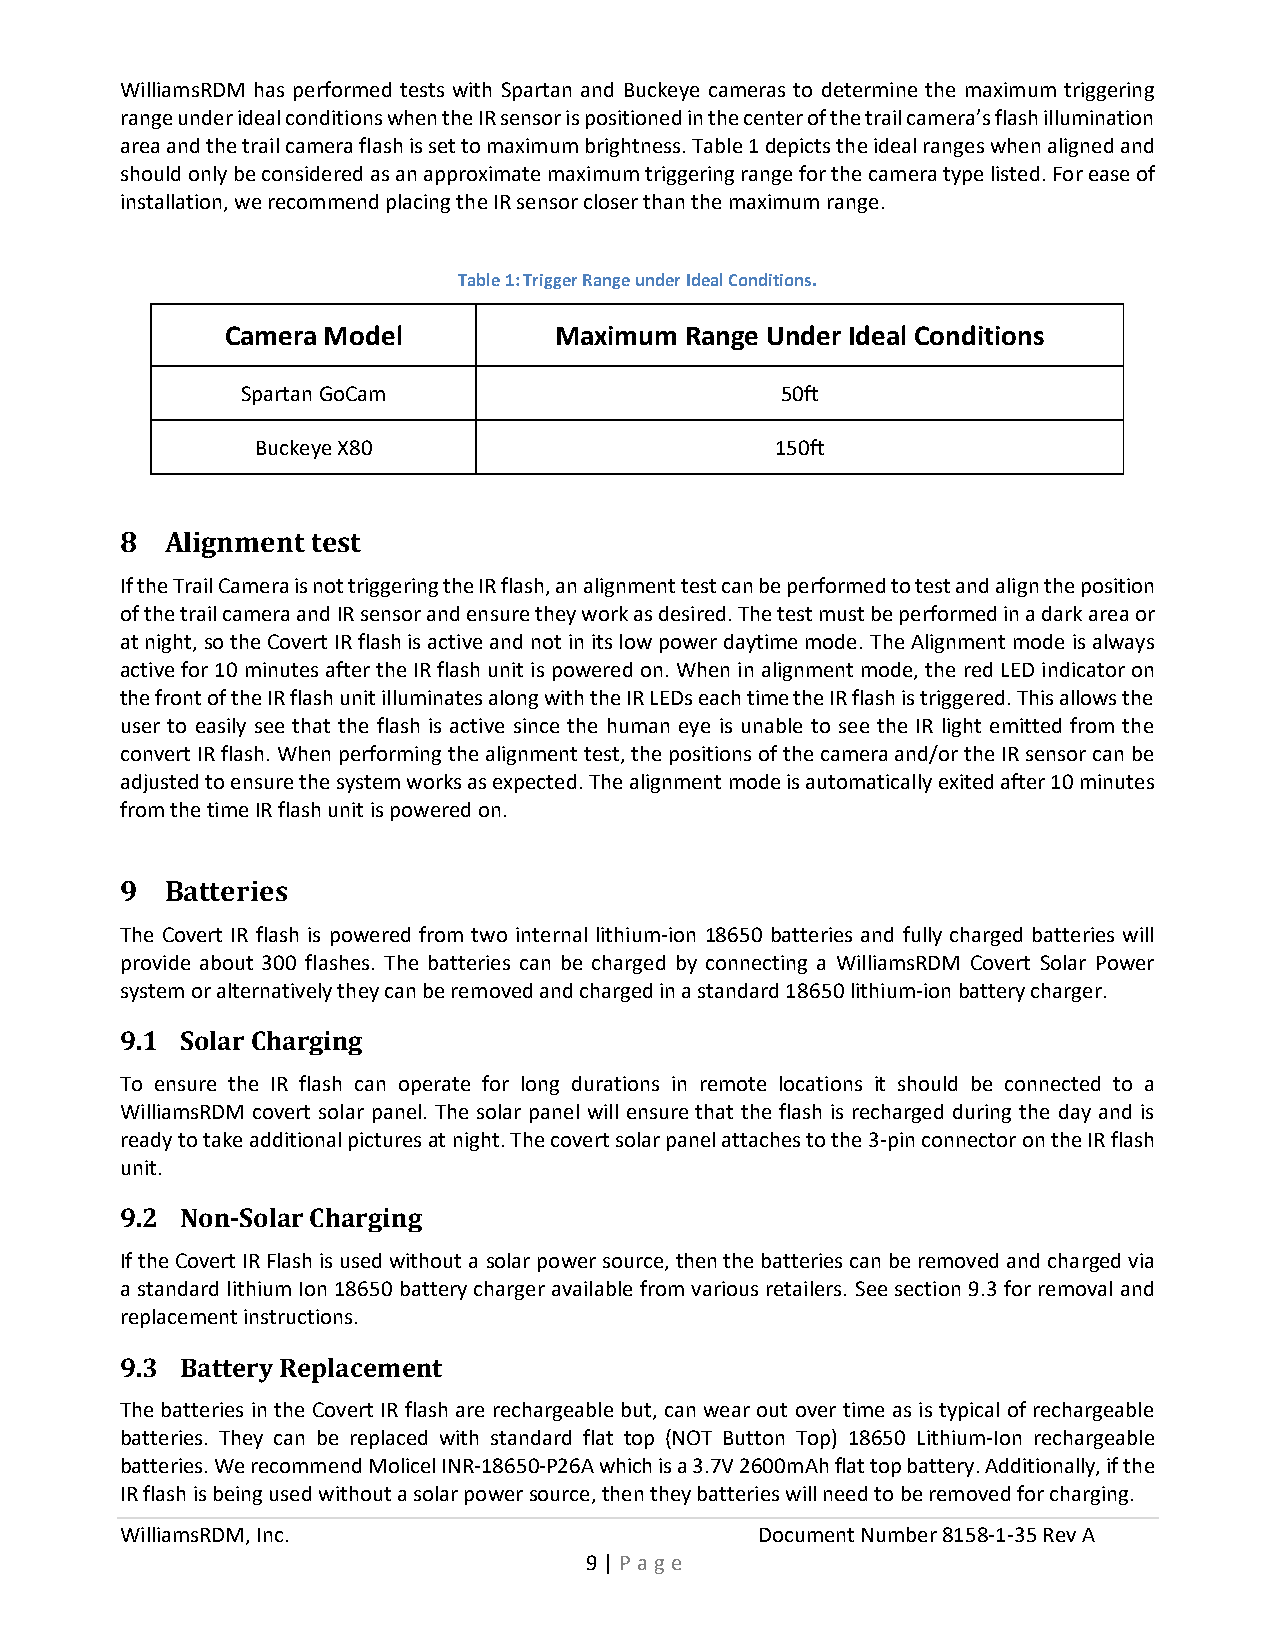
WilliamsRDM has performed tests with Spartan and Buckeye cameras to determine the maximum triggering
 range under ideal conditions when the IR sensor is positioned in the center of the trail camera’s flash illumination
 area and the trail camera flash is set to maximum brightness. Table 1 depicts the ideal ranges when aligned and
 should only be considered as an approximate maximum triggering range for the camera type listed. For ease of
 installation, we recommend placing the IR sensor closer than the maximum range.
 Table 1: Trigger Range under Ideal Conditions.
 Camera Model          Maximum Range Under Ideal Conditions
 Spartan GoCam                       50ft
 Buckeye X80                       150ft
 8  Alignment test
 If the Trail Camera is not triggering the IR flash, an alignment test can be performed to test and align the position
 of the trail camera and IR sensor and ensure they work as desired. The test must be performed in a dark area or
 at night, so the Covert IR flash is active and not in its low power daytime mode. The Alignment mode is always
 active for 10 minutes after the IR flash unit is powered on. When in alignment mode, the red LED indicator on
 the front of the IR flash unit illuminates along with the IR LEDs each time the IR flash is triggered. This allows the
 user to easily see that the flash is active since the human eye is unable to see the IR light emitted from the
 convert IR flash. When performing the alignment test, the positions of the camera and/or the IR sensor can be
 adjusted to ensure the system works as expected. The alignment mode is automatically exited after 10 minutes
 from the time IR flash unit is powered on.
 9  Batteries
 The Covert IR flash is powered from two internal lithium-ion 18650 batteries and fully charged batteries will
 provide about 300 flashes. The batteries can be charged by connecting a WilliamsRDM Covert Solar Power
 system or alternatively they can be removed and charged in a standard 18650 lithium-ion battery charger.
 9.1 Solar Charging
 To ensure the IR flash can operate for long durations in remote locations it should be connected to a
 WilliamsRDM covert solar panel. The solar panel will ensure that the flash is recharged during the day and is
 ready to take additional pictures at night. The covert solar panel attaches to the 3-pin connector on the IR flash
 unit.
 9.2 Non-Solar Charging
 If the Covert IR Flash is used without a solar power source, then the batteries can be removed and charged via
 a standard lithium Ion 18650 battery charger available from various retailers. See section 9.3 for removal and
 replacement instructions.
 9.3 Battery Replacement
 The batteries in the Covert IR flash are rechargeable but, can wear out over time as is typical of rechargeable
 batteries. They can be replaced with standard flat top (NOT Button Top) 18650 Lithium-Ion rechargeable
 batteries. We recommend Molicel INR-18650-P26A which is a 3.7V 2600mAh flat top battery. Additionally, if the
 IR flash is being used without a solar power source, then they batteries will need to be removed for charging.
 WilliamsRDM, Inc.                         Document Number 8158-1-35 Rev A
 9 | P a ge